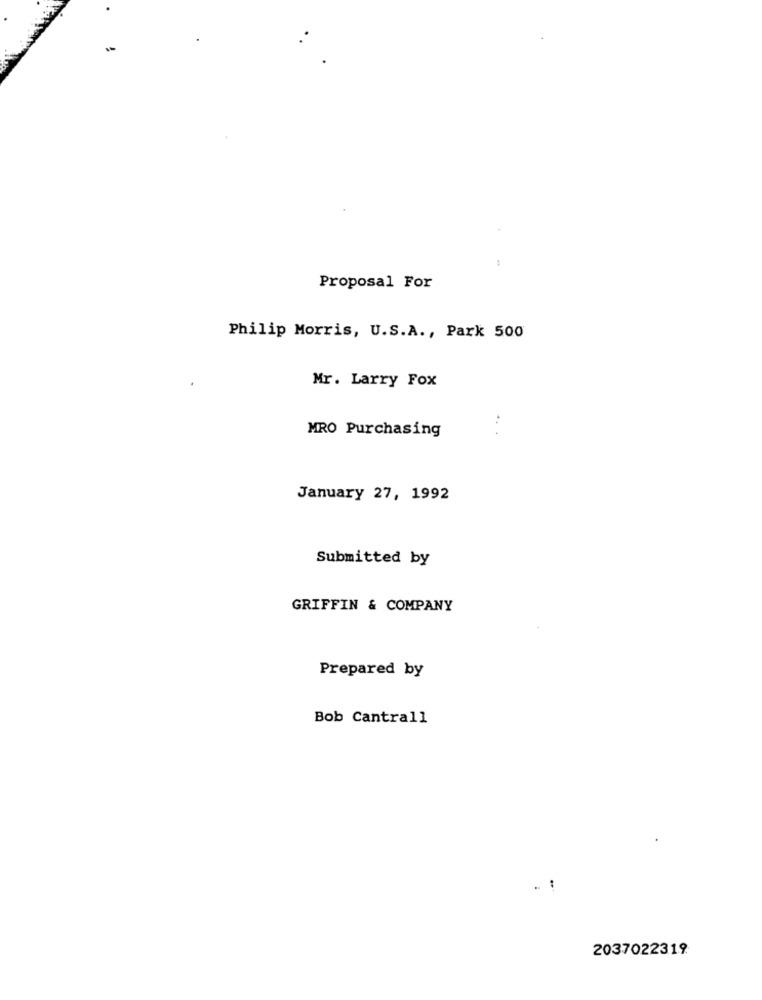
Proposal For
Philip Morris, U.S.A ., Park 500
Mr. Larry Fox
MRO Purchasing
January 27, 1992
Submitted by
GRIFFIN & COMPANY
Prepared by
Bob Cantrall
2037022319